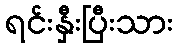
ရင်းနှီးပြီးသား